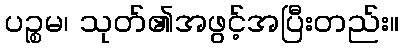
ပဉ္စမ၊ သုတ်၏အဖွင့်အပြီးတည်း။